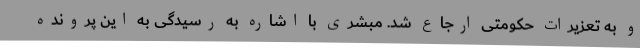
و به تعزیرات حکومتی ارجاع شد. مبشری با اشاره به رسیدگی به این پرونده